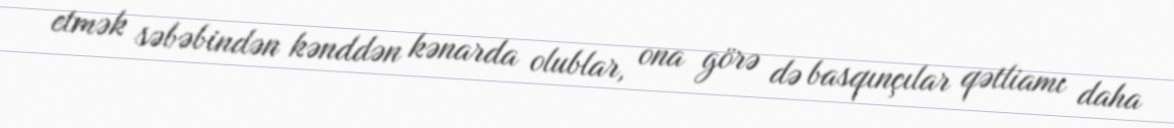
etmək səbəbindən kənddən kənarda olublar, ona görə də basqınçılar qətliamı daha